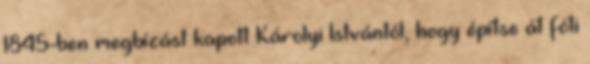
1845-ben megbízást kapott Károlyi Istvántól, hogy építse át fóti